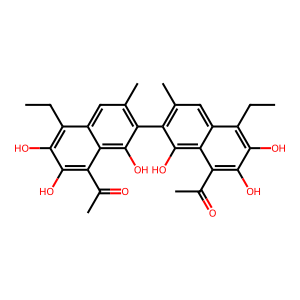
SMILES: CCc1c(O)c(O)c(C(C)=O)c2c(O)c(-c3c(C)cc4c(CC)c(O)c(O)c(C(C)=O)c4c3O)c(C)cc12
Inhibits HIV replication: No